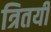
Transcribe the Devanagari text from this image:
त्रितयी